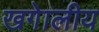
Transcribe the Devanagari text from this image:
खगेालीय